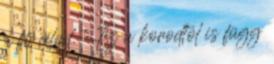
a fő célod. Ez a korodtól is függ